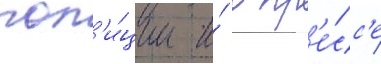
пол'и́ции и́ в пр'е́сс'е